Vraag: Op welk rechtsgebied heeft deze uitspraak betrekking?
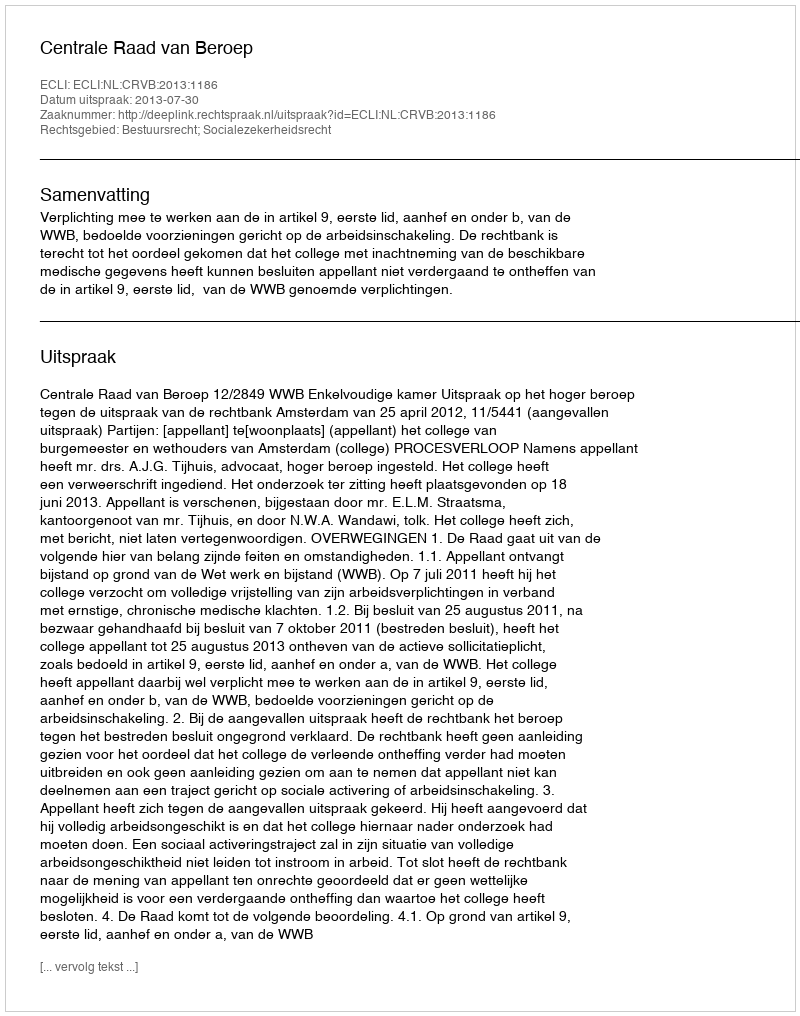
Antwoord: Bestuursrecht; Socialezekerheidsrecht